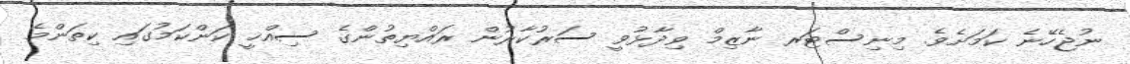
ނުޖެހޭނެ ކަމަށެވެ. މިނިސްޓަރ ނާޒިމް ވިދާޅުވީ ސަރުކާރުން ރައްޔިތުންގެ ސިއްޚީ ކަންކަމުގައި ކިތަންމެ